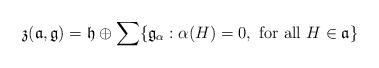
LaTeX: \begin{align*}\mathfrak{z}(\mathfrak{a},\mathfrak{g})= \mathfrak{h} \oplus \sum \{\mathfrak{g}_\alpha : \alpha(H) = 0, \mbox{ for all } H \in \mathfrak{a}\}\end{align*}